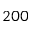
2 0 0